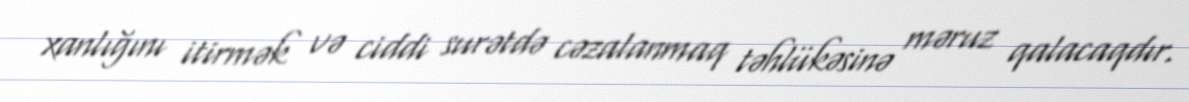
xanlığını itirmək və ciddi surətdə cəzalanmaq təhlükəsinə məruz qalacaqdır.